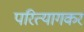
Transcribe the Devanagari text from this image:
परित्यागकर